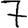
Digit: 7